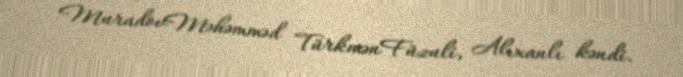
MuradovMəhəmməd TürkmənFüzuli, Alıxanlı kəndi.